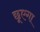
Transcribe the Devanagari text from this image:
छूएगा